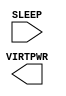
module sky130_fd_sc_lp__sleep_sergate_plv (
    //# {{power|Power}}
    input  SLEEP  ,
    output VIRTPWR
);

    // Voltage supply signals
    supply1 VPWR;
    supply1 VPB ;
    supply0 VNB ;

endmodule